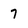
Character: 7